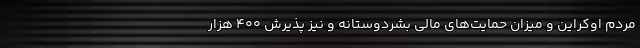
مردم اوکراین و میزان حمایت‌های مالی بشردوستانه و نیز پذیرش ۴۰۰ هزار